Vaccination in Bombay 1869-1873 - 1869-1873
Year: 1869
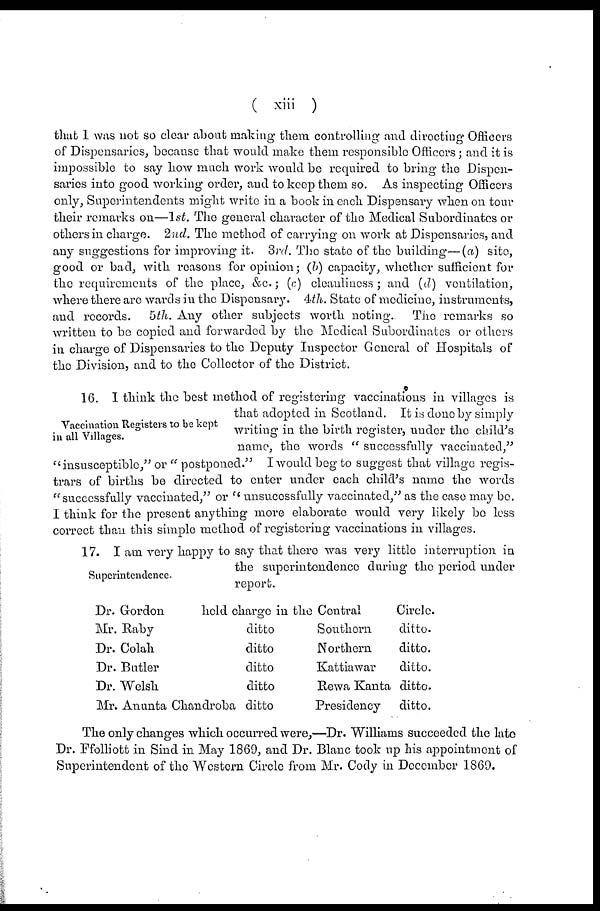
( xiii )
that 1 was not so clear about making them controlling and directing Officers
of Dispensaries, because that would make them responsible Officers; and it is
impossible to say how much work would be required to bring the Dispen-
saries into good working order, and to keep them so. As inspecting Officers
only, Superintendents might write in a book in each Dispensary when on tour
their remarks on—1st. The general character of the Medical Subordinates or
others in charge. 2nd. The method of carrying on work at Dispensaries, and
any suggestions for improving it. 3rd. The state of the building—(a) site,
good or bad, with reasons for opinion; (b) capacity, whether sufficient for
the requirements of the place, &c.; (c) cleanliness ; and (d) ventilation,
where there are wards in the Dispensary. 4th. State of medicine, instruments,
and records. 5th. Any other subjects worth noting. The remarks so
written to be copied and forwarded by the Medical Subordinates or others
in charge of Dispensaries to the Deputy Inspector General of Hospitals of
the Division, and to the Collector of the District.
Vaccination Registers to be kept
in all Villages.
16. I think the best method of registering vaccinations in villages is
that adopted in Scotland. It is done by simply
writing in the birth register, under the child's
name, the words " successfully vaccinated,"
"insusceptible," or " postponed." I would beg to suggest that village regis-
trars of births be directed to enter under each child's name the words
"successfully vaccinated," or "unsucessfully vaccinated," as the case may be.
I think for the present anything more elaborate would very likely be less
correct than this simple method of registering vaccinations in villages.
Superintendence.
17. I am very happy to say that there was very little interruption in
the superintendence during the period under
report.
Dr. Gordon
held charge in the Central
Circle.
Mr. Raby
ditto
Southern
ditto.
Dr. Colah
ditto
Northern
ditto.
Dr. Butler
ditto
Kattiawar
ditto.
Dr. Welsh
ditto
Rewa Kanta ditto.
Mr. Anunta Chandroba ditto
Presidency
ditto.
The only changes which occurred were,—Dr. Williams succeeded the late
Dr. Ffolliott in Sind in May 1869, and Dr. Blanc took up his appointment of
Superintendent of the Western Circle from Mr. Cody in December 1869.